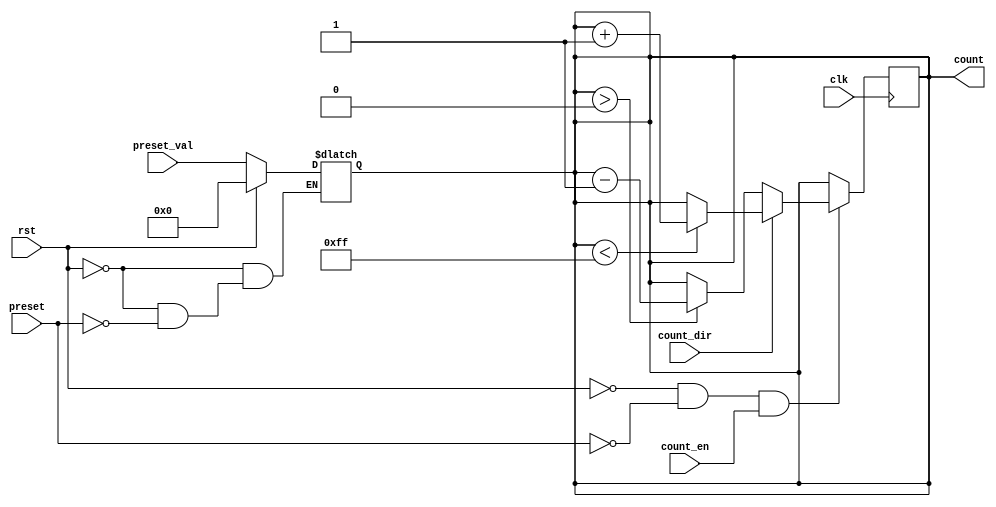
module presettable_counter (
    input wire clk,              // Clock signal
    input wire rst,              // Asynchronous reset
    input wire preset,           // Asynchronous preset signal
    input wire [7:0] preset_val, // Preset value (8-bit wide)
    input wire count_en,         // Count enable signal
    input wire count_dir,        // Count direction (1 = up, 0 = down)
    output reg [7:0] count       // Current counter value (8-bit wide)
);

    // Asynchronous reset and preset logic
    always @(*) begin
        if (rst) begin
            count = 8'b00000000; // Reset counter to 0
        end else if (preset) begin
            count = preset_val;   // Load preset value
        end
    end

    // Synchronous counting logic
    always @(posedge clk) begin
        if (!rst && !preset && count_en) begin
            if (count_dir) begin
                // Count up
                if (count < 8'b11111111) begin
                    count <= count + 1; // Increment count
                end
            end else begin
                // Count down
                if (count > 8'b00000000) begin
                    count <= count - 1; // Decrement count
                end
            end
        end
    end

endmodule